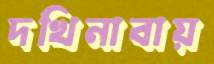
দখিনাবায়